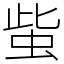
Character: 䖪